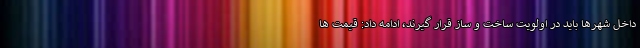
داخل شهرها باید در اولویت ساخت و ساز قرار گیرند، ادامه داد: قیمت ها